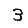
Digit: 3